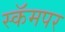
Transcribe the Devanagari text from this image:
स्कॅमपर